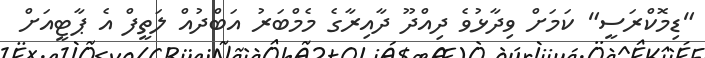
"ޑިމޮކްރަސީ" ކަމަށް ވިދާޅުވެ ދިއްދޫ ދާއިރާގެ މެމްބަރު އަބްދުއް ލަތީފް އެ ޕާޓީއަށް